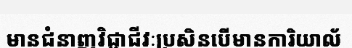
មានជំនាញវិជ្ជាជីវៈប្រសិនបើមានការិយាល័